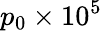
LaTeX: p_{0}\times 10^{5}